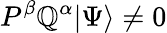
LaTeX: P^{\beta}\mathbb{Q}^{\alpha}\vert\Psi\rangle\neq0